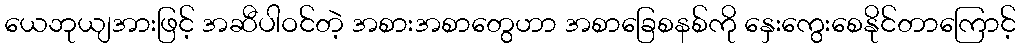
ယေဘုယျအားဖြင့် အဆီပါဝင်တဲ့ အစားအစာတွေဟာ အစာခြေစနစ်ကို နှေးကွေးစေနိုင်တာကြောင့်